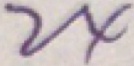
2 4